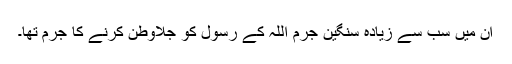
ان میں سب سے زیادہ سنگین جرم اللہ کے رسول کو جلاوطن کرنے کا جرم تھا۔